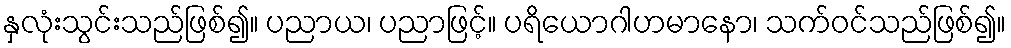
နှလုံးသွင်းသည်ဖြစ်၍။ ပညာယ၊ ပညာဖြင့်။ ပရိယောဂါဟမာနော၊ သက်ဝင်သည်ဖြစ်၍။